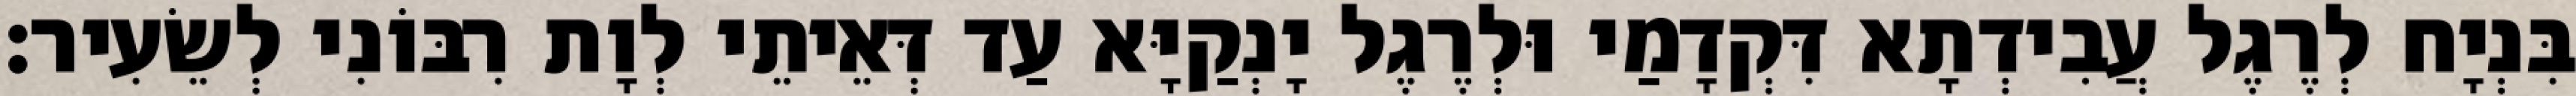
בִּנְיָח לְרֶגֶל עֲבִידְתָא דִּקְדָמַי וּלְרֶגֶל יָנְקַיָּא עַד דְּאֵיתֵי לְוָת רִבּוֹנִי לְשֵׂעִיר׃